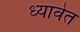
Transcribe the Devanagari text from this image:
ध्यावेत